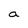
Character: a